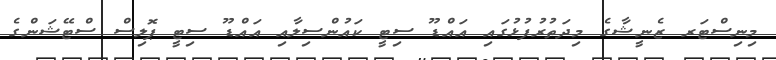
މިނިސްޓަރ ޒެނީޝާގެ މިދަތުރުފުޅުގައި އައްޑޫ ސިޓީ ކައުންސިލާއި އައްޑޫ ސިޓީ ޕޮލިސް ސްޓޭޝަންގެ